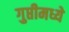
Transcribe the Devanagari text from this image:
गुप्तीमध्ये